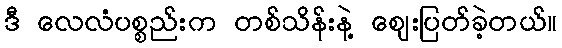
ဒီ လေလံပစ္စည်းက တစ်သိန်းနဲ့ ဈေးပြတ်ခဲ့တယ်။